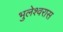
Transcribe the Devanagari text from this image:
भुलेश्वरास